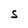
Character: S